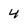
Character: 4